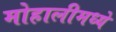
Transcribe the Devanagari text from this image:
मोहालीमध्ये